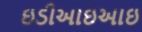
ઇડીઆઇઆઇ